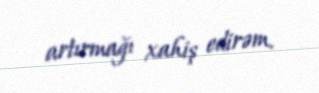
artırmağı xahiş edirəm.